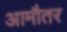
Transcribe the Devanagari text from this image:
आमौतर